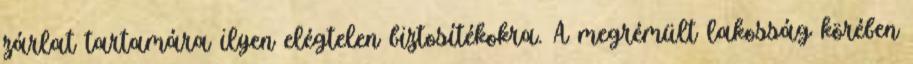
zárlat tartamára ilyen elégtelen biztosítékokra. A megrémült lakosság körében